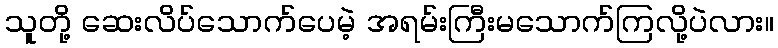
သူတို့ ဆေးလိပ်သောက်ပေမဲ့ အရမ်းကြီးမသောက်ကြလို့ပဲလား။